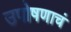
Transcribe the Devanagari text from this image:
उपोषणाचं